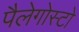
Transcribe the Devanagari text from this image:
पैलेगोस्टो